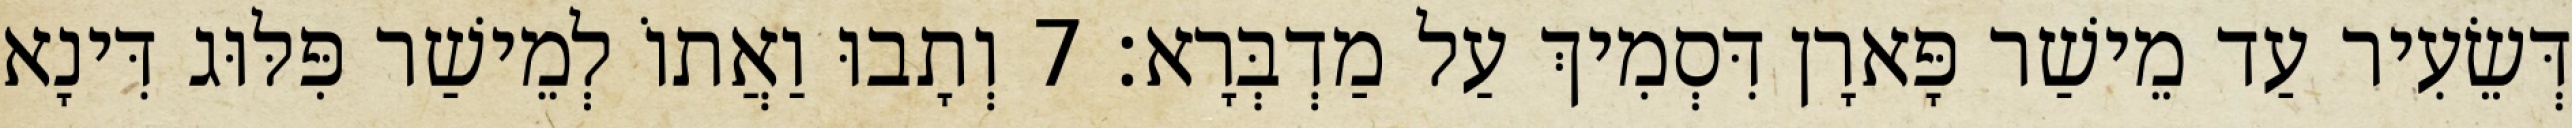
דְּשֵׂעִיר עַד מֵישַׁר פָּארָן דִּסְמִיךְ עַל מַדְבְּרָא׃ 7 וְתָבוּ וַאֲתוֹ לְמֵישַׁר פִּלּוּג דִּינָא